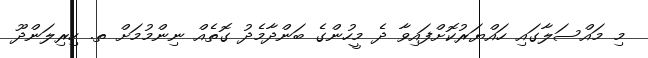
މި މައްސަލާގައި ހައްޔަރުކޮށްފައިވާ ދެ މީހުންގެ ބަންދާމެދު ގޮތެއް ނިންމުމަށް ތ. ހިރިލަންދޫ